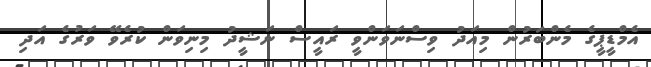
އެމްޑީޕީގެ މެންބަރުން މިއަދު ވިސްނަވަންވީ ރައީސް ނަޝީދު މިނިވަން ކުރެވޭ ވަރުގެ އަދި